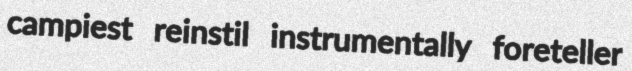
campiest reinstil instrumentally foreteller